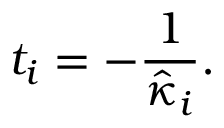
t _ { i } = - \frac { 1 } { \hat { \kappa } _ { i } } .